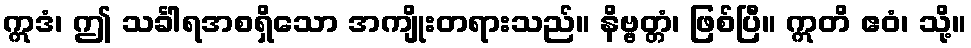
ဣဒံ၊ ဤ သင်္ခါရအစရှိသော အကျိုးတရားသည်။ နိဗ္ဗတ္တံ၊ ဖြစ်ပြီ။ ဣတိ ဧဝံ၊ သို့။